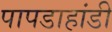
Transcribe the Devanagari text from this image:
पापडाहांडी